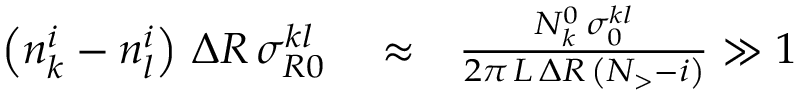
\begin{array} { r l r } { \left( n _ { k } ^ { i } - n _ { l } ^ { i } \right) \, \Delta R \, \sigma _ { R 0 } ^ { k l } } & { { } \approx } & { \frac { N _ { k } ^ { 0 } \, \sigma _ { 0 } ^ { k l } } { 2 \pi \, L \, \Delta R \, \left( N _ { > } - i \right) } \gg 1 } \end{array}